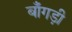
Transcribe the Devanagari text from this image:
बाँगड़ी